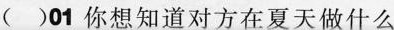
( )01 你想知道对方在夏天做什么